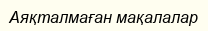
Аяқталмаған мақалалар